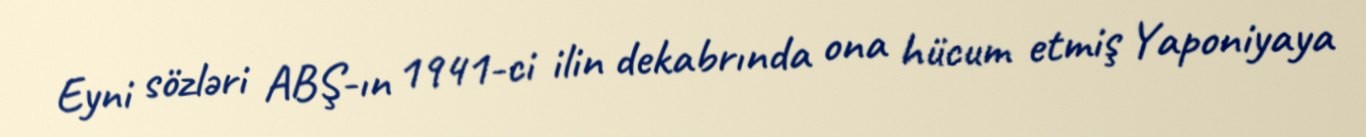
Eyni sözləri ABŞ-ın 1941-ci ilin dekabrında ona hücum etmiş Yaponiyaya